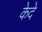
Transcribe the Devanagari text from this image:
केदे